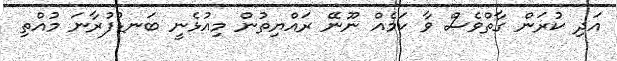
އަދި ކުރަން ގާތްވެސް ވާ ކަމެއް ނޫނޭ ރައްޔިތުން މިއުޅެނީ ބަނޑުފުރާނަ މުއްތި